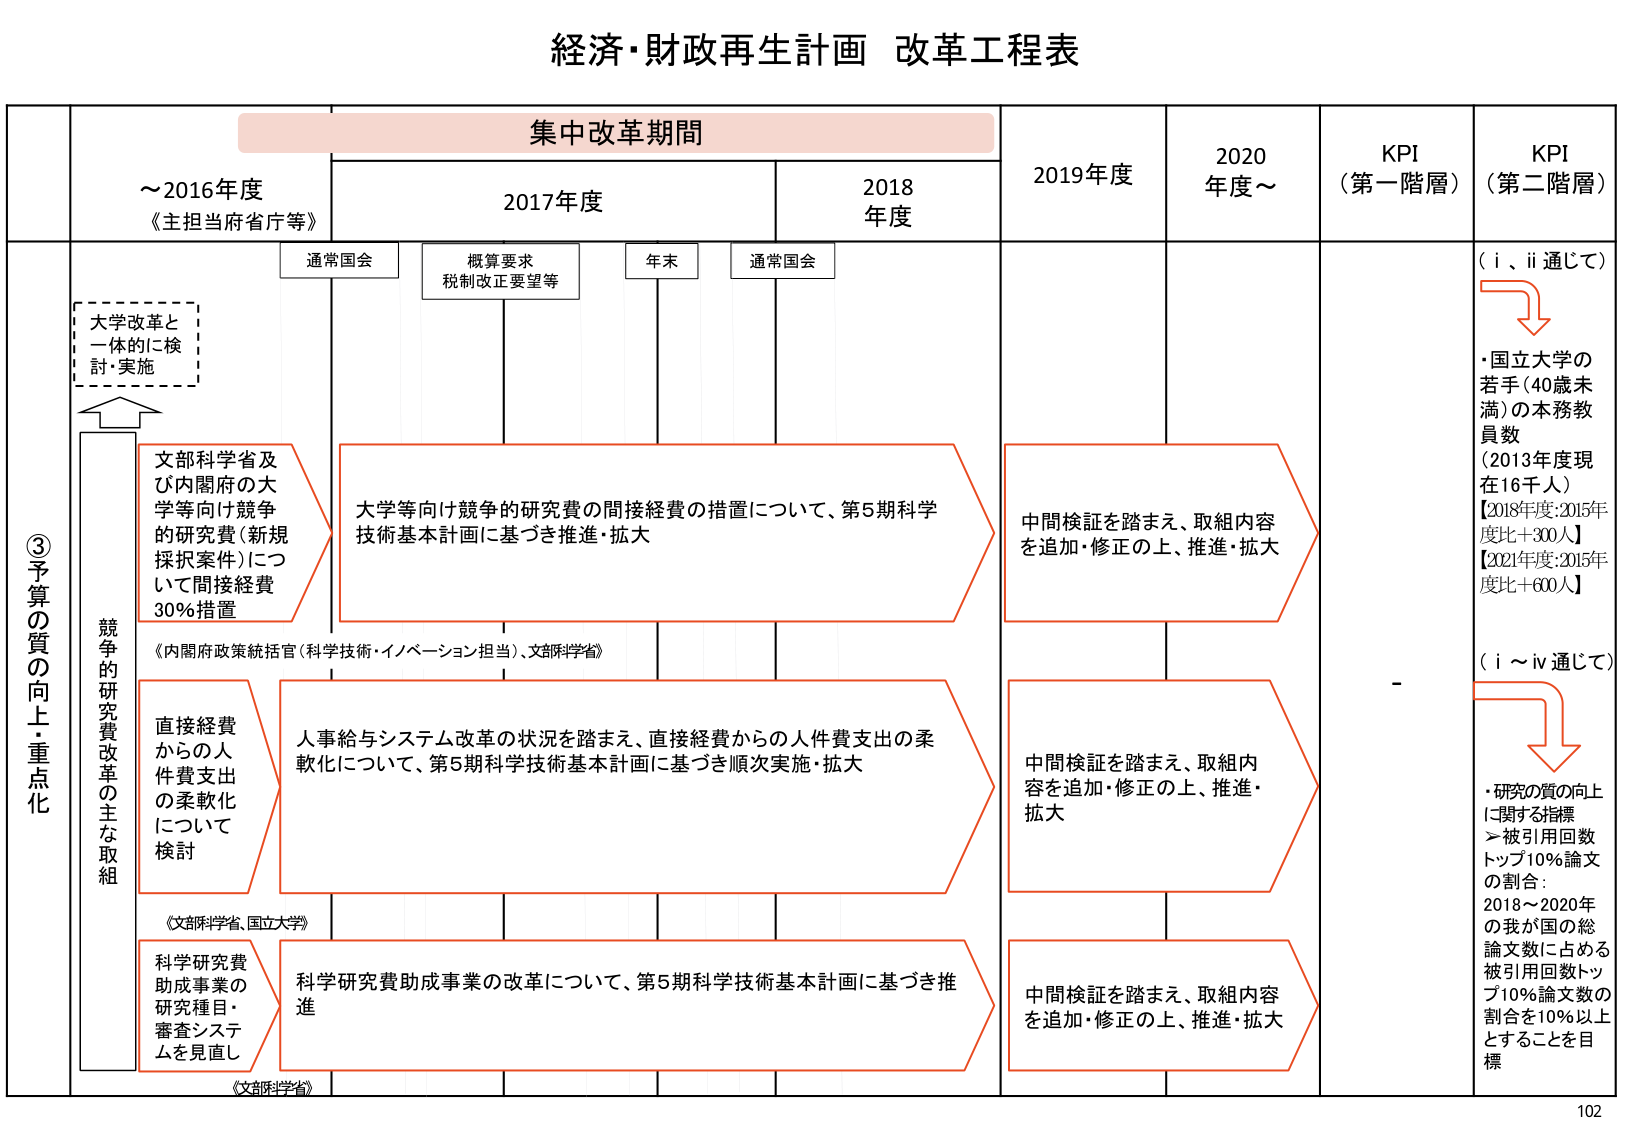
経済・財政再生計画 改革工程表

集中改革期間

～2016年度
《主担当府省庁等》

2017年度
通常国会
概算要求
税制改正要望等
年末
通常国会

2018年度

2019年度

2020年度～

KPI
（第一階層）

KPI
（第二階層）

③予算の質の向上・重点化

大学改革と
一体的に検
討・実施

文部科学省及
び内閣府の大
学等向け競争
的研究費（新規
採択案件）につ
いて間接経費
30％措置

大学等向け競争的研究費の間接経費の措置について、第5期科学
技術基本計画に基づき推進・拡大

中間検証を踏まえ、取組内容
を追加・修正の上、推進・拡大

（ⅰ、ⅱ通じて）
・国立大学の
若手（40歳未
満）の本務教
員数
（2013年度現
在16千人）
【2018年度：2015年
度比＋300人】
【2021年度：2015年
度比＋600人】

《内閣府政策統括官（科学技術・イノベーション担当）、文部科学省》

直接経費
からの人
件費支出
の柔軟化
について
検討

人事給与システム改革の状況を踏まえ、直接経費からの人件費支出の柔
軟化について、第5期科学技術基本計画に基づき順次実施・拡大

中間検証を踏まえ、取組内
容を追加・修正の上、推進・
拡大

（ⅰ～ⅳ通じて）
・研究の質の向上
に関する指標
＞被引用回数
トップ10％論文
の割合：
2018～2020年
の我が国の総
論文数に占める
被引用回数トッ
プ10％論文数の
割合を10％以上
とすることを目
標

《文部科学省、国立大学》

科学研究費
助成事業の
研究種目・
審査システ
ムを見直し

科学研究費助成事業の改革について、第5期科学技術基本計画に基づき推
進

中間検証を踏まえ、取組内容
を追加・修正の上、推進・拡大

《文部科学省》

102